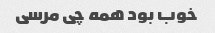
خوب بود همه چی مرسی